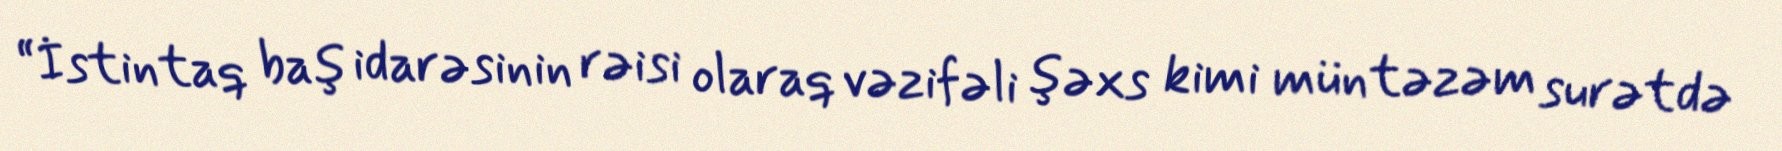
“İstintaq baş idarəsinin rəisi olaraq vəzifəli şəxs kimi müntəzəm surətdə